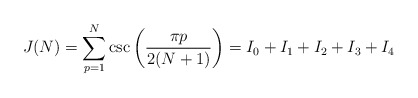
\begin{align*}J(N)= \sum_{p=1}^N \csc\left({\pi p\over 2(N+1)}\right)=I_0+I_1+I_2+I_3+I_4\end{align*}